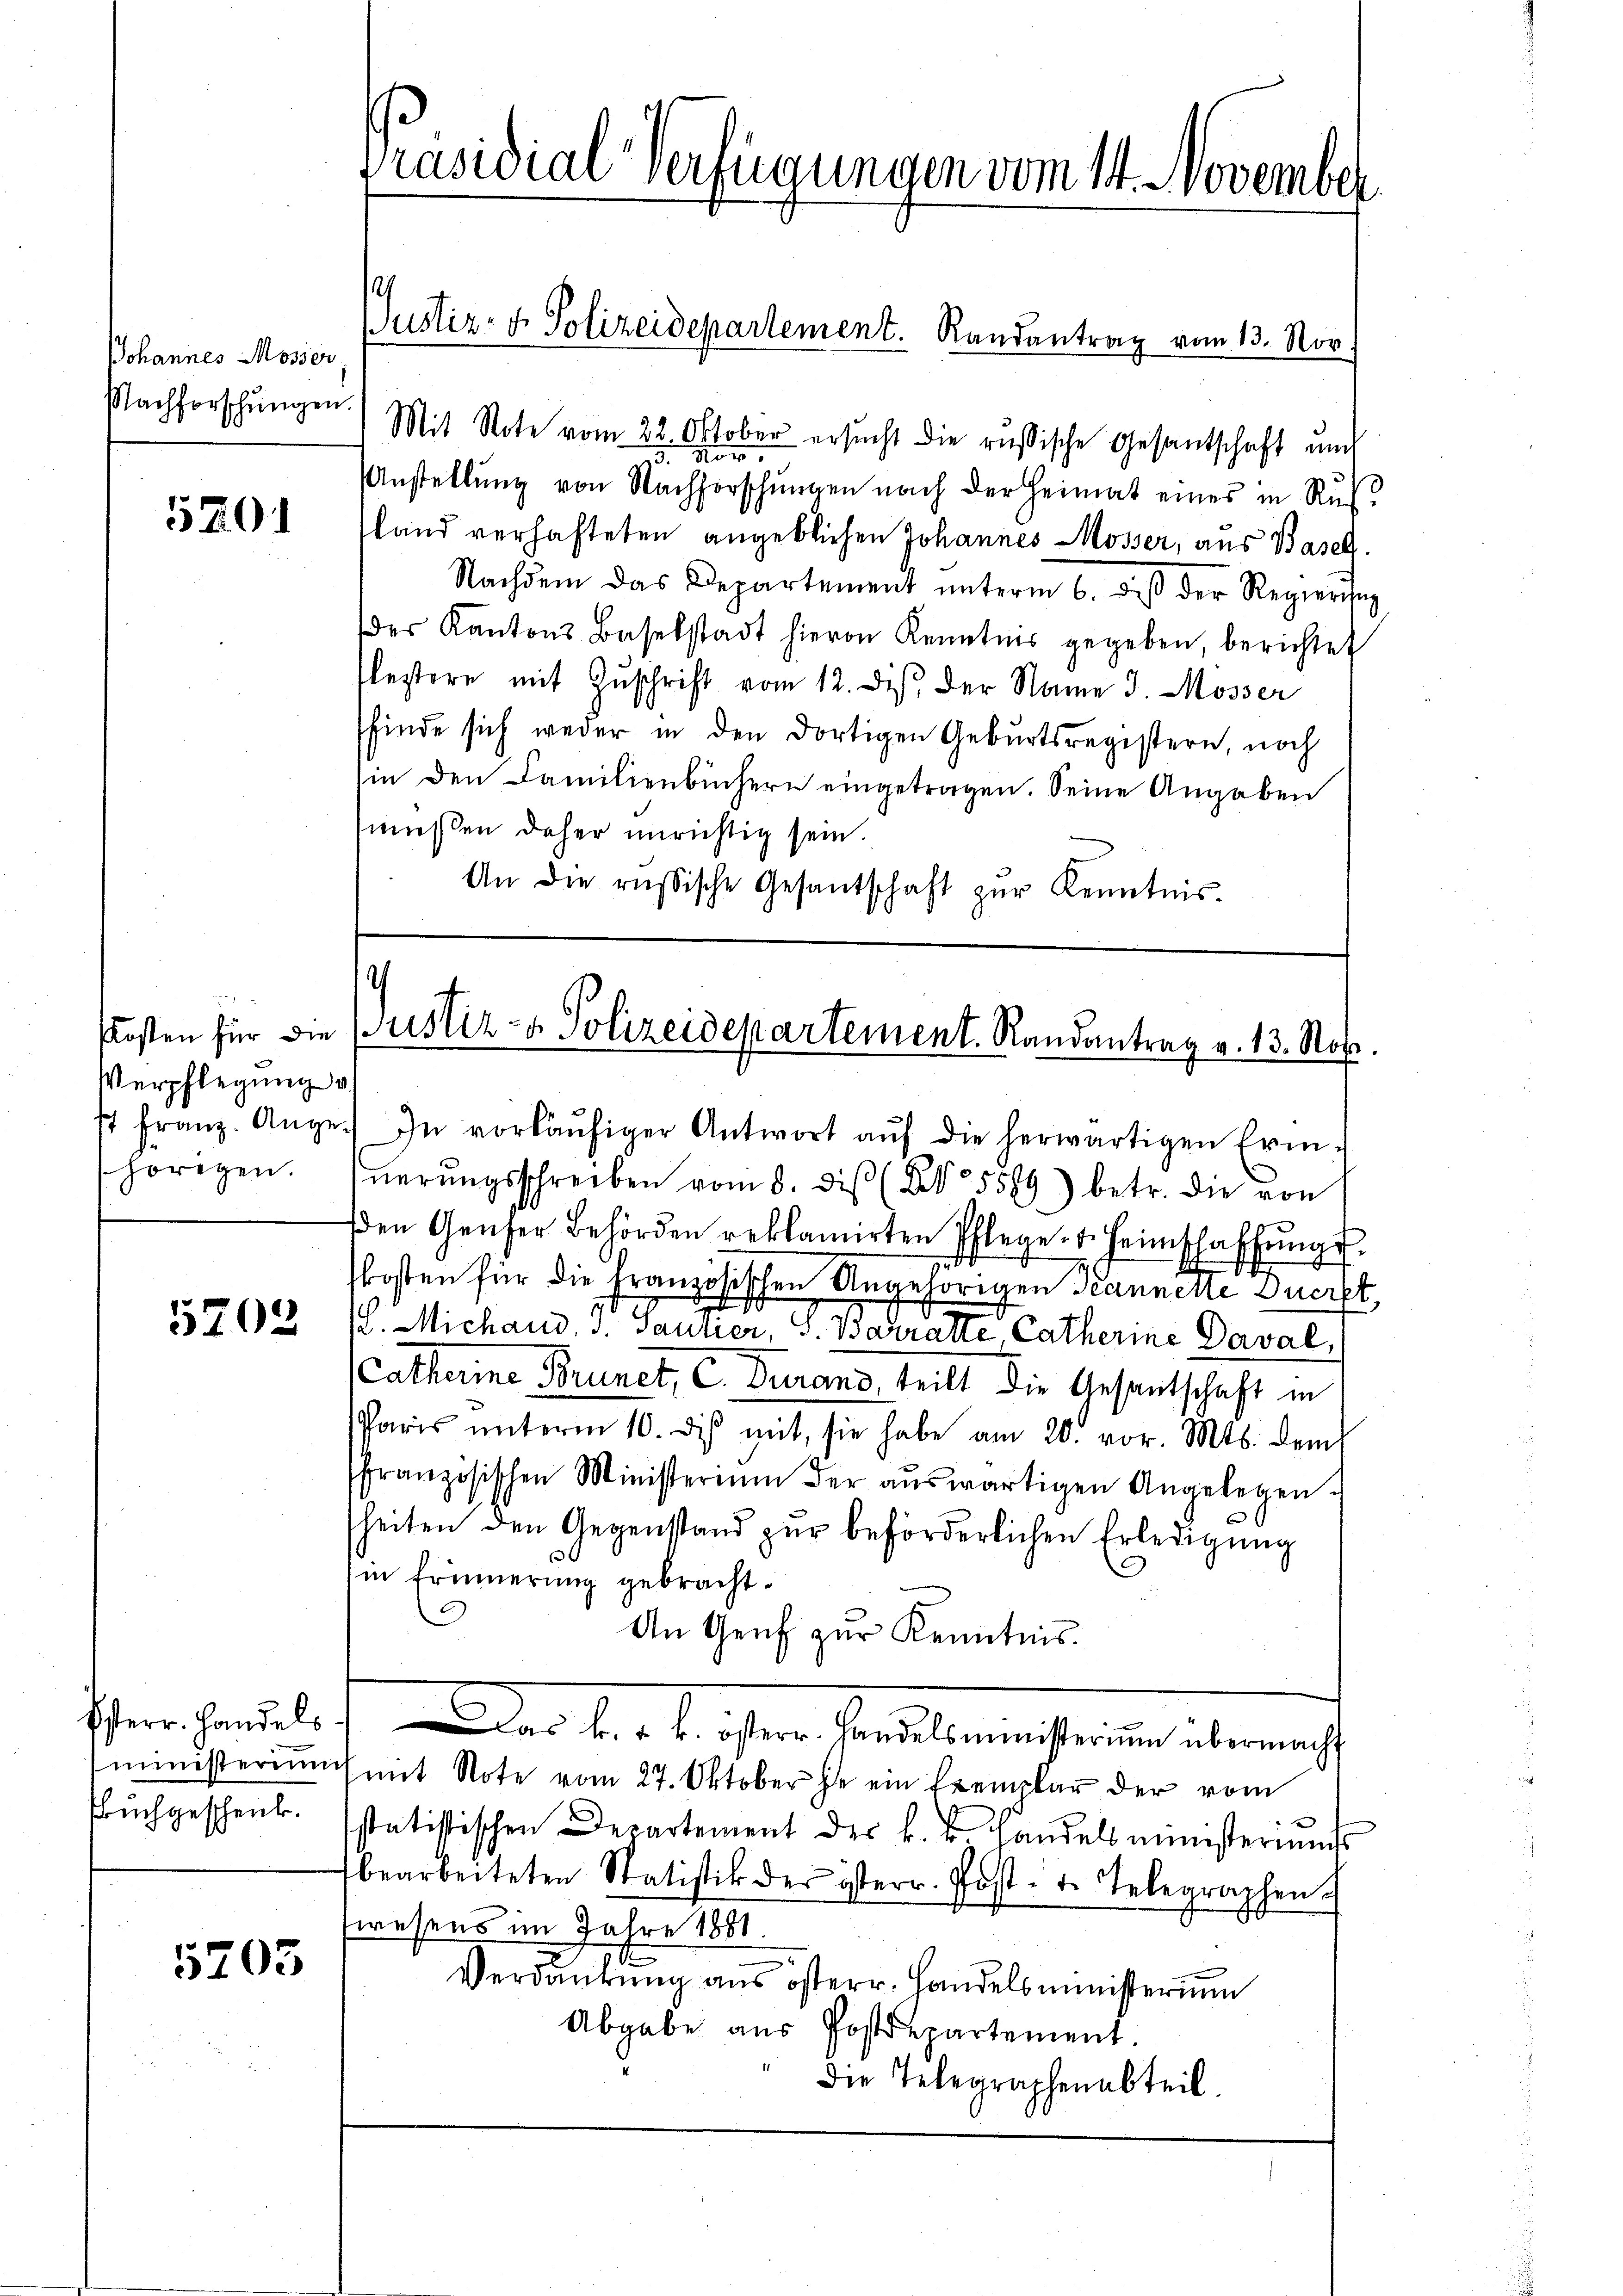
Johannes Mösser
Nachforschungen.

5201

Verpflegung v
17 Franz. Ange
horegen.

5702

Esterr. Handels.
ministerium
Ebuchgeschenk.

5203

Präsidial-Verfügungen vom 14. November

Mit Note vom 22. Oktober ersucht die russische Gesantschaft und
3. Nov.
Anstellŭng von Nachforschŭngen nach der Heimat eines in Rŭs-
land verhafteten angeblichen Johannes Mösser, aus Basel
Nachdem das Departement ŭnterm 6. dβ der Regierung
der Kantons Baselstadt hievon Kenntnis gegeben, berichtet
flestere mit Zŭschrift vom 12. diβ der Name J. Mösser
finde sich weder in den dortigen Geburtsregistern, noch
in den Familienbüchern eingetragen. Seine Angaben
müßen daher unrichtig sein.
An die russische Gesantschaft zŭr Kenntnis-

Justiz- & Polizeidepartement. Randantrag vom 13. Nov.

.) In vorläŭfiger Antwort aŭf die herwärtigen Erin-
nerŭngsschreiben vom 8. diβ (XV 5519) betr. die von
den Genser Behörden reklamirten Pflege. Heimschaffŭngs-

kosten für die französischen Angehörigen Tannelle Querst
(l. Michand, s. Saurier, S. Barratte, Catherine Daval,
Catharine Brunet, C. Durand, teilt die Gesantschaft in
Paris ŭnterm 10. dis mit, sie habe am 20. vor. Mts. dem
ffranzösischen Ministerium der aŭswärtigen Angelegen.
heiten den Gegenstand zŭr beförderlichen Erledigung
3
in Erinnerung gebracht.
.
An Genf zur Kenntnis.
Des der b. ihre Freillermeisterien aber nicht
mit Note vom 27. Oktober je ein Exemplar der vom
statistischen Departement der k. k. Handelsministeriums
bearbeiteten Statistik der österr. Post- u. Telegraphen-
wesens im Jahre 1881.
Verdankung aus österr. Handelsministerium
Abgabe aus Postdepartement.
die Telegraphenabteil.

Kosten für die ustiz- & Polizeidepartement. Randantrag v. 13. No.